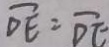
\overline { D E } = \overline { D E }